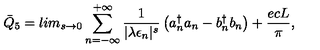
{ \bar { Q } } _ { 5 } = l i m _ { s \rightarrow 0 } \sum _ { n = - \infty } ^ { + \infty } \frac { 1 } { | \lambda \epsilon _ { n } | ^ { s } } \left( { a } _ { n } ^ { \dagger } { a } _ { n } - { b } _ { n } ^ { \dagger } { b } _ { n } \right) + \frac { e c L } { \pi } ,